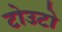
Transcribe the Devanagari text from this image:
टोउटो